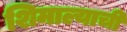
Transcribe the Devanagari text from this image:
शिमाल्याची